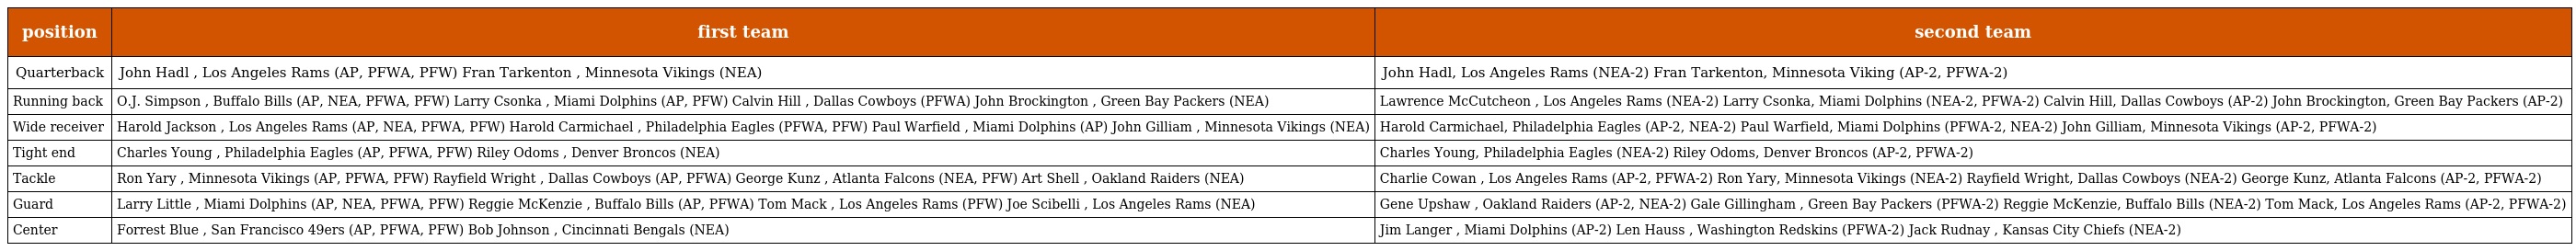
| position | first team | second team |
 | --- | --- | --- |
 | Quarterback | John Hadl , Los Angeles Rams (AP, PFWA, PFW) Fran Tarkenton , Minnesota Vikings (NEA) | John Hadl, Los Angeles Rams (NEA-2) Fran Tarkenton, Minnesota Viking (AP-2, PFWA-2) |
 | Running back | O.J. Simpson , Buffalo Bills (AP, NEA, PFWA, PFW) Larry Csonka , Miami Dolphins (AP, PFW) Calvin Hill , Dallas Cowboys (PFWA) John Brockington , Green Bay Packers (NEA) | Lawrence McCutcheon , Los Angeles Rams (NEA-2) Larry Csonka, Miami Dolphins (NEA-2, PFWA-2) Calvin Hill, Dallas Cowboys (AP-2) John Brockington, Green Bay Packers (AP-2) |
 | Wide receiver | Harold Jackson , Los Angeles Rams (AP, NEA, PFWA, PFW) Harold Carmichael , Philadelphia Eagles (PFWA, PFW) Paul Warfield , Miami Dolphins (AP) John Gilliam , Minnesota Vikings (NEA) | Harold Carmichael, Philadelphia Eagles (AP-2, NEA-2) Paul Warfield, Miami Dolphins (PFWA-2, NEA-2) John Gilliam, Minnesota Vikings (AP-2, PFWA-2) |
 | Tight end | Charles Young , Philadelphia Eagles (AP, PFWA, PFW) Riley Odoms , Denver Broncos (NEA) | Charles Young, Philadelphia Eagles (NEA-2) Riley Odoms, Denver Broncos (AP-2, PFWA-2) |
 | Tackle | Ron Yary , Minnesota Vikings (AP, PFWA, PFW) Rayfield Wright , Dallas Cowboys (AP, PFWA) George Kunz , Atlanta Falcons (NEA, PFW) Art Shell , Oakland Raiders (NEA) | Charlie Cowan , Los Angeles Rams (AP-2, PFWA-2) Ron Yary, Minnesota Vikings (NEA-2) Rayfield Wright, Dallas Cowboys (NEA-2) George Kunz, Atlanta Falcons (AP-2, PFWA-2) |
 | Guard | Larry Little , Miami Dolphins (AP, NEA, PFWA, PFW) Reggie McKenzie , Buffalo Bills (AP, PFWA) Tom Mack , Los Angeles Rams (PFW) Joe Scibelli , Los Angeles Rams (NEA) | Gene Upshaw , Oakland Raiders (AP-2, NEA-2) Gale Gillingham , Green Bay Packers (PFWA-2) Reggie McKenzie, Buffalo Bills (NEA-2) Tom Mack, Los Angeles Rams (AP-2, PFWA-2) |
 | Center | Forrest Blue , San Francisco 49ers (AP, PFWA, PFW) Bob Johnson , Cincinnati Bengals (NEA) | Jim Langer , Miami Dolphins (AP-2) Len Hauss , Washington Redskins (PFWA-2) Jack Rudnay , Kansas City Chiefs (NEA-2) |